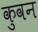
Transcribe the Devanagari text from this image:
कुवन